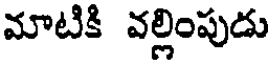
మాటికి వల్లింపుడు